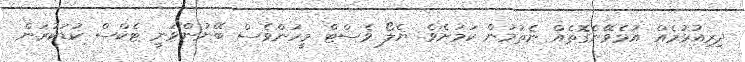
ދިރިއުޅުމެއް އުޅެވޭނެގޮތެއް ނެތުމުން ކަމަށެވެ. ޔެލޯ ވެސްޓް މީހުންވެސް ބޭނުންވަނީ ޓެކްސް ކުޑަކުރަން